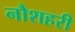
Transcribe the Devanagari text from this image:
नौशहरी